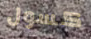
كسول